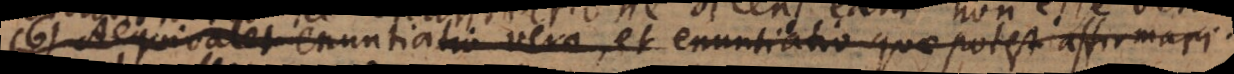
6) Aequivalet enuntiatio vera, et enuntiatio quae potest affirmari.